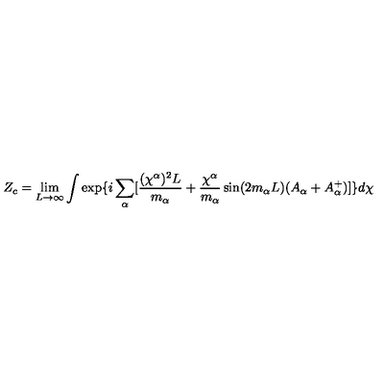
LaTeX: Z _ { c } = \lim _ { L \rightarrow \infty } \int \exp \{ i \sum _ { \alpha } [ \frac { ( \chi ^ { \alpha } ) ^ { 2 } L } { m _ { \alpha } } + \frac { \chi ^ { \alpha } } { m _ { \alpha } } \sin ( 2 m _ { \alpha } L ) ( A _ { \alpha } + A _ { \alpha } ^ { + } ) ] \} d \chi